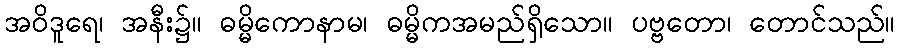
အဝိဒူရေ၊ အနီး၌။ ဓမ္မိကောနာမ၊ ဓမ္မိကအမည်ရှိသော။ ပဗ္ဗတော၊ တောင်သည်။